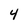
Character: 4